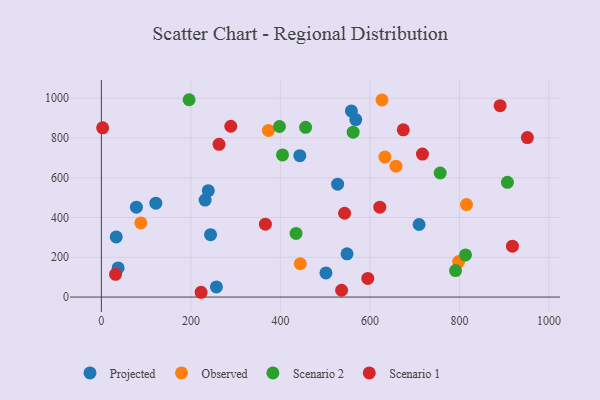
{"axis": {"x": "Speed", "y": "Yield"}, "legend": ["Observed", "Projected", "Scenario 1", "Scenario 2"], "data": [{"x": "548.9", "y": 217.5, "type": "Projected"}, {"x": "443.4", "y": 710.7, "type": "Projected"}, {"x": "231.8", "y": 487.7, "type": "Projected"}, {"x": "37.4", "y": 146.6, "type": "Projected"}, {"x": "568.4", "y": 892.2, "type": "Projected"}, {"x": "238.9", "y": 535.1, "type": "Projected"}, {"x": "558.6", "y": 935.8, "type": "Projected"}, {"x": "121.7", "y": 472.0, "type": "Projected"}, {"x": "501.8", "y": 121.4, "type": "Projected"}, {"x": "78.3", "y": 452.0, "type": "Projected"}, {"x": "33.2", "y": 302.5, "type": "Projected"}, {"x": "527.9", "y": 567.5, "type": "Projected"}, {"x": "257.1", "y": 50.9, "type": "Projected"}, {"x": "709.9", "y": 364.9, "type": "Projected"}, {"x": "244.0", "y": 313.8, "type": "Projected"}, {"x": "658.2", "y": 657.9, "type": "Observed"}, {"x": "373.3", "y": 837.8, "type": "Observed"}, {"x": "798.3", "y": 178.5, "type": "Observed"}, {"x": "88.2", "y": 373.0, "type": "Observed"}, {"x": "633.6", "y": 704.1, "type": "Observed"}, {"x": "815.9", "y": 465.1, "type": "Observed"}, {"x": "444.5", "y": 167.5, "type": "Observed"}, {"x": "627.0", "y": 991.2, "type": "Observed"}, {"x": "813.7", "y": 211.8, "type": "Scenario 2"}, {"x": "196.0", "y": 992.2, "type": "Scenario 2"}, {"x": "435.0", "y": 320.1, "type": "Scenario 2"}, {"x": "907.3", "y": 576.7, "type": "Scenario 2"}, {"x": "456.3", "y": 853.4, "type": "Scenario 2"}, {"x": "404.8", "y": 714.7, "type": "Scenario 2"}, {"x": "757.1", "y": 623.8, "type": "Scenario 2"}, {"x": "791.4", "y": 133.2, "type": "Scenario 2"}, {"x": "397.9", "y": 857.5, "type": "Scenario 2"}, {"x": "562.6", "y": 829.2, "type": "Scenario 2"}, {"x": "595.3", "y": 93.5, "type": "Scenario 1"}, {"x": "222.8", "y": 24.1, "type": "Scenario 1"}, {"x": "891.0", "y": 962.1, "type": "Scenario 1"}, {"x": "622.2", "y": 452.1, "type": "Scenario 1"}, {"x": "543.5", "y": 421.3, "type": "Scenario 1"}, {"x": "536.8", "y": 34.4, "type": "Scenario 1"}, {"x": "289.2", "y": 858.9, "type": "Scenario 1"}, {"x": "674.6", "y": 840.9, "type": "Scenario 1"}, {"x": "951.9", "y": 801.9, "type": "Scenario 1"}, {"x": "2.8", "y": 850.9, "type": "Scenario 1"}, {"x": "31.7", "y": 114.5, "type": "Scenario 1"}, {"x": "262.9", "y": 768.1, "type": "Scenario 1"}, {"x": "717.4", "y": 718.9, "type": "Scenario 1"}, {"x": "366.5", "y": 366.3, "type": "Scenario 1"}, {"x": "918.5", "y": 255.8, "type": "Scenario 1"}]}